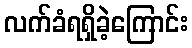
လက်ခံရရှိခဲ့ကြောင်း